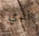
لدي